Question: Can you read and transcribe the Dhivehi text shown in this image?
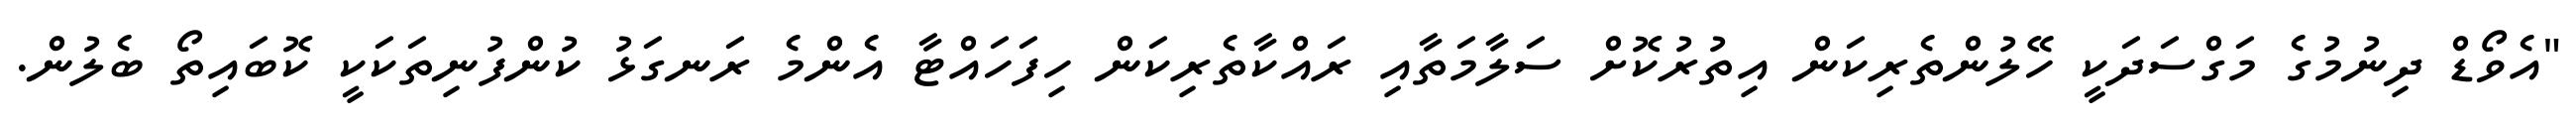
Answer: "އެވޯޑް ދިނުމުގެ މަގްސަދަކީ ހޭލުންތެރިކަން އިތުރުކޮށް ސަލާމަތާއި ރައްކާތެރިކަން ހިފަހައްޓާ އެންމެ ރަނގަޅު ކުންފުނިތަކަކީ ކޮބައިތޯ ބެލުން.